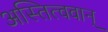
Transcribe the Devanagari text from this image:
अस्तित्ववान्‌